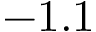
- 1 . 1